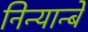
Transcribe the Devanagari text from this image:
निन्यान्बे